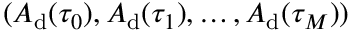
( A _ { \mathrm { d } } ( \tau _ { 0 } ) , A _ { \mathrm { d } } ( \tau _ { 1 } ) , \dots , A _ { \mathrm { d } } ( \tau _ { M } ) )